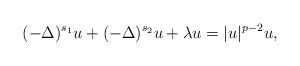
\begin{align*} (-\Delta)^{s_1} u +(-\Delta)^{s_2} u + \lambda u=|u|^{p-2} u,\end{align*}